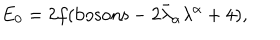
LaTeX: E _ { 0 } = 2 f ( \mathrm { b o s o n s } - 2 \bar { \lambda } _ { \alpha } \lambda ^ { \alpha } + 4 ) ,